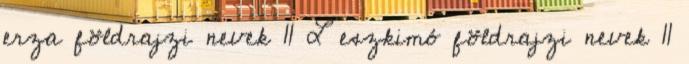
erza földrajzi nevek‎ 11 L eszkimó földrajzi nevek‎ 11